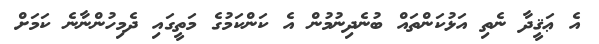
އެ ޢަޤީދާ ނެތި އަޅުކަންތައް ބުނެދިނުމުން އެ ކަންކަމުގެ މަތީގައި ދެމިހުންނާނެ ކަމަށް